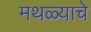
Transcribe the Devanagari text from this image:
मथळ्याचे